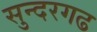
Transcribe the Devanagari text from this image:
सुन्दरगढ